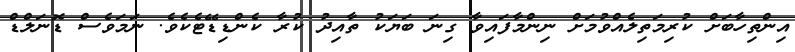
އިންތިހާބަށް ކުރިމަތިލެއްވުމަށް ނިންމާފައިވާ ގިނަ ބަޔަކު ތާއިދު ކުރާ ކެންޑިޑޭޓެކެވެ. ނަމަވެސް ޑޮނަލްޑް